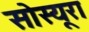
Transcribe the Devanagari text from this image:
सोस्यूरा